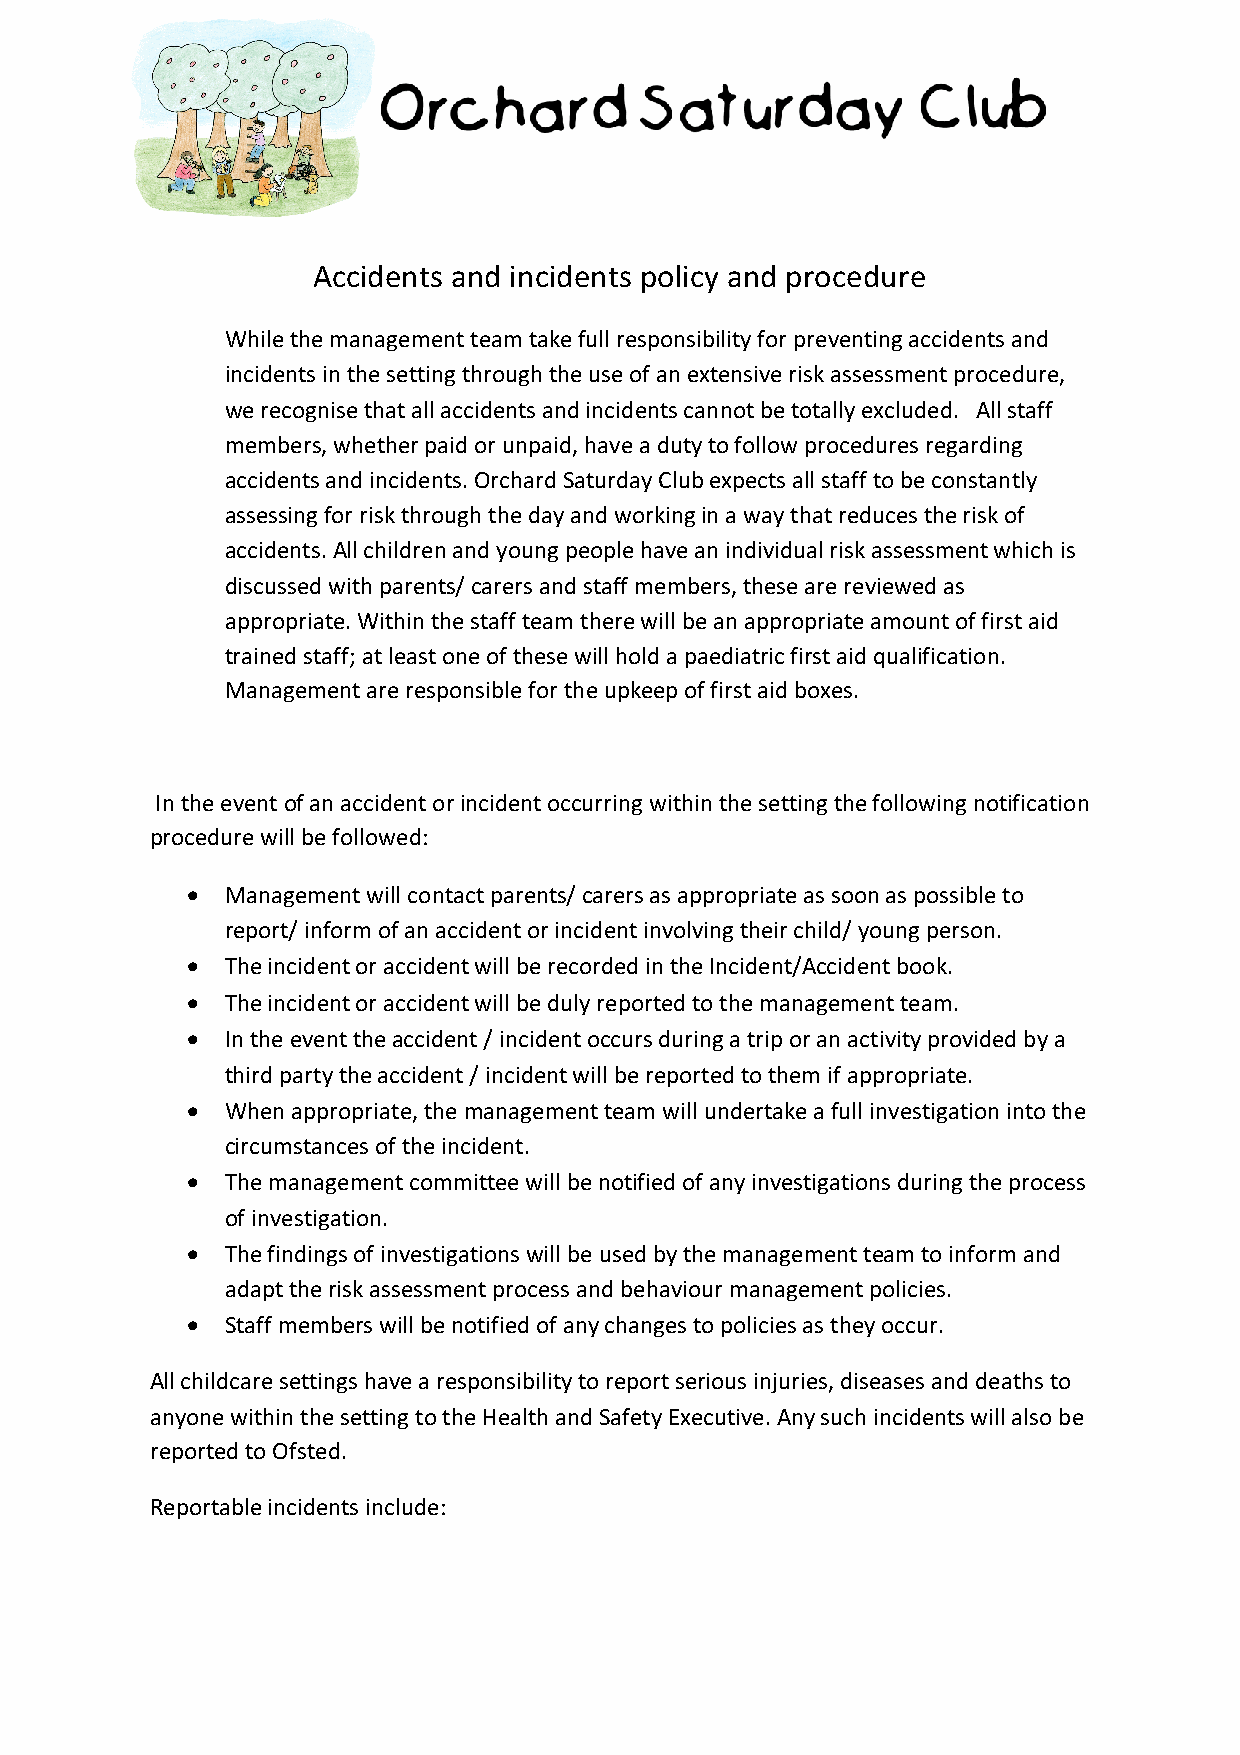
Accidents and incidents policy and procedure
 While the management team take full responsibility for preventing accidents and
 incidents in the setting through the use of an extensive risk assessment procedure,
 we recognise that all accidents and incidents cannot be totally excluded. All staff
 members, whether paid or unpaid, have a duty to follow procedures regarding
 accidents and incidents. Orchard Saturday Club expects all staff to be constantly
 assessing for risk through the day and working in a way that reduces the risk of
 accidents. All children and young people have an individual risk assessment which is
 discussed with parents/ carers and staff members, these are reviewed as
 appropriate. Within the staff team there will be an appropriate amount of first aid
 trained staff; at least one of these will hold a paediatric first aid qualification.
 Management are responsible for the upkeep of first aid boxes.
 In the event of an accident or incident occurring within the setting the following notification
 procedure will be followed:
 •  Management will contact parents/ carers as appropriate as soon as possible to
 report/ inform of an accident or incident involving their child/ young person.
 •  The incident or accident will be recorded in the Incident/Accident book.
 •  The incident or accident will be duly reported to the management team.
 •  In the event the accident / incident occurs during a trip or an activity provided by a
 third party the accident / incident will be reported to them if appropriate.
 •  When appropriate, the management team will undertake a full investigation into the
 circumstances of the incident.
 •  The management committee will be notified of any investigations during the process
 of investigation.
 •  The findings of investigations will be used by the management team to inform and
 adapt the risk assessment process and behaviour management policies.
 •  Staff members will be notified of any changes to policies as they occur.
 All childcare settings have a responsibility to report serious injuries, diseases and deaths to
 anyone within the setting to the Health and Safety Executive. Any such incidents will also be
 reported to Ofsted.
 Reportable incidents include: